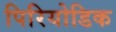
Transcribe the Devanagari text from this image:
पिरियोडिक